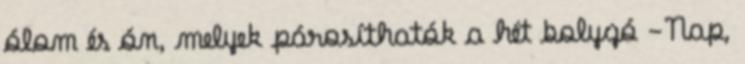
ólom és ón, melyek párosíthatók a hét bolygó -Nap,